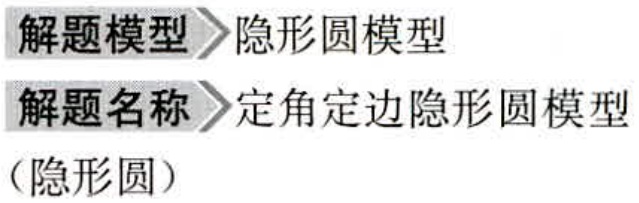
解题模型\rightarrow 隐形圆模型\\

解题名称\rightarrow 定角定边隐形圆模型\\

（隐形圆）